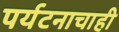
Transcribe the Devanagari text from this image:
पर्यटनाचाही